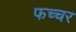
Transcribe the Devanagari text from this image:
फच्चर